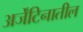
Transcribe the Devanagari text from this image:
अर्जेंटिनातील